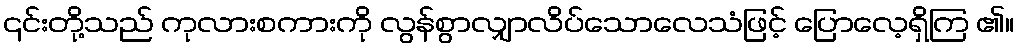
၎င်းတို့သည် ကုလားစကားကို လွန်စွာလျှာလိပ်သောလေသံဖြင့် ပြောလေ့ရှိကြ ၏။